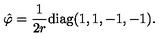
\hat { \varphi } = { \frac { 1 } { 2 r } } \mathrm { d i a g } ( 1 , 1 , - 1 , - 1 ) .